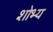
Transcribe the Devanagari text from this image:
शोभ्य